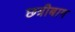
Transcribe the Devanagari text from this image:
छत्रीबाग